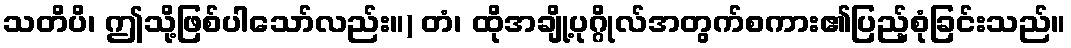
သတိပိ၊ ဤသို့ဖြစ်ပါသော်လည်း။) တံ၊ ထိုအချို့ပုဂ္ဂိုလ်အတွက်စကား၏ပြည့်စုံခြင်းသည်။